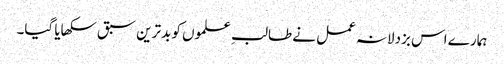
ہمارے اس بزدلانہ عمل نے طالبِ علموں کو بدترین سبق سکھایا گیا۔